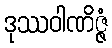
ဒုဿဝါဏိဇ္ဇံ